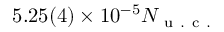
5 . 2 5 ( 4 ) \times 1 0 ^ { - 5 } N _ { \mathrm { ~ u ~ . ~ c ~ . ~ } }